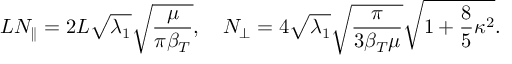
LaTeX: L { \cal N } _ { \parallel } = 2 L \sqrt { \lambda _ { 1 } } \sqrt { \frac { \mu } { \pi \beta _ { T } } } , \quad { \cal N } _ { \perp } = 4 \sqrt { \lambda _ { 1 } } \sqrt { \frac { \pi } { 3 \beta _ { T } \mu } } \sqrt { 1 + \frac 8 5 \kappa ^ { 2 } } .